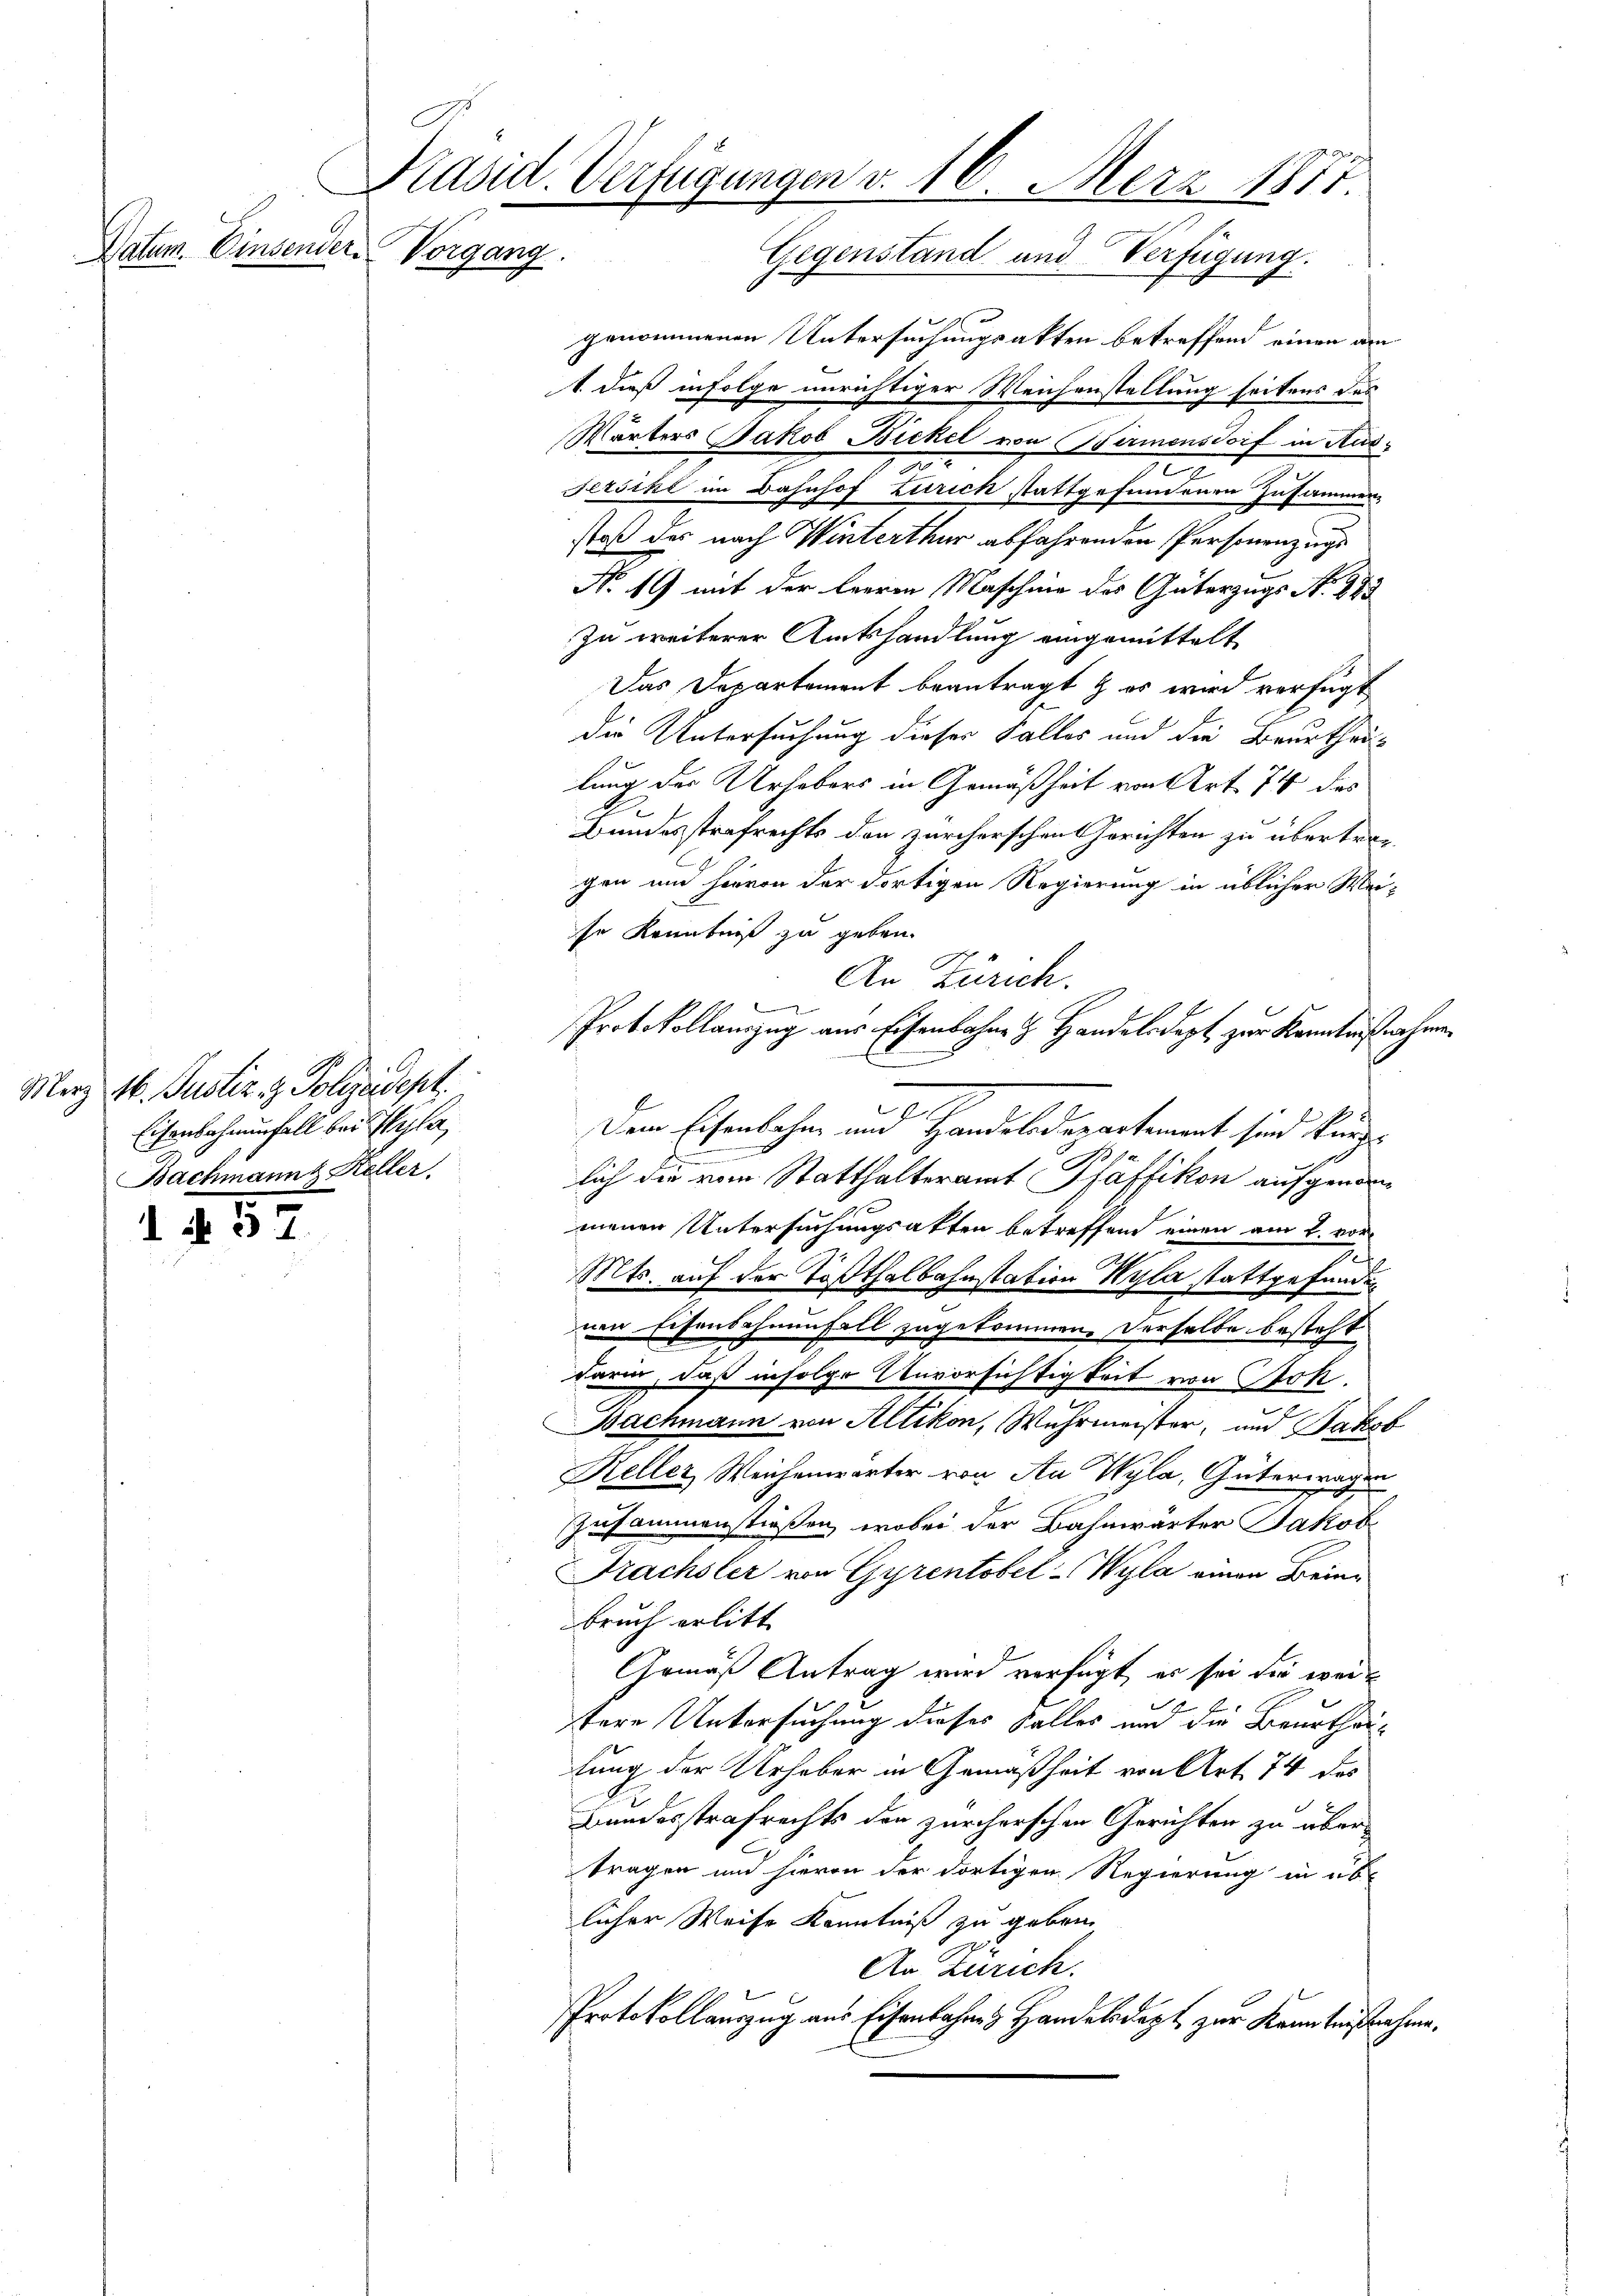
Datum. Einsender

Merz 16. Justiz & Polizeidept.
Eisenbahnenfall bei Pila,
Bachmannt Heller.

1. 457

C
Kasid. Verfügungen v. 16. März 1877.
Vorgang.
Gegenstand und Verfügung.

genommenen Untersuchungsakten betreffend einen am
1. daß infolge unrichtiger Weichenstellung seitens des
Wärters Jakob Bickel von Birmensdorf in Ause
Jezsike im Bahnhof Zürich stattgefundenen Zusammen,
stoß des nach Winterthur abfahrenden Personenzuge
No. 19 mit der leeren Maschine des Güterzugs N. 283
zu weiterer Amtshandlung eingemittelt
Das Departement beantragt & es wird verfügt
die Untersuchung dieser Falles und die Beurtheilung der Urhebers in Gemäßheit von Art. 74 des
Bundesstrafrechts den zürcherschen Gerichten zu übertragen und hievon der dortigen Regierung in üblicher Mei-
se Kenntniß zu geben.
.
An Zürich.
f
Protokollauszug aus Eisenbahne H. Handelsdept zur Kenntnißnahmen
b
be
Dem Eisenbahn um Handelsdepartement sind kunn
lich die vom Statthalteramt Pfäffikon aufgenommenen Untersuchungsakten betreffend einen am 2. vor
Mts. auf der Tößthalbahnstation Wyla stattgefunden
nen Eisenbahnenfall zugekommen, derselbe besteht
darin, daß infolge Unvorsichtigkeit von Joh.
achmann von Altikon, Wuhrmeister, und Jakob
Reller Weichenwärter von An Wyla, Güterwagen
Zusammenstießen, wobei der Bahnwärter Jakob
Frachsler von Gyrentobel-Wyla einen Brie¬
Bruch erlitt. |
Gemäß Antrag wird verfügt, er sei die weil
tere Untersuchung dieses Falles und die Beurtheilung der Urheber in Gemäßheit von Art. 74 des
Bundesstrafrechts den zürcherschen Gerichten zu übertragen und hievon der dortigen Regierung in üblicher Weise Kenntniß zu geben.
An Zürich.
Protokollauszug aus Eisenbahnes Handelsdept zur Kenntnißnahme.